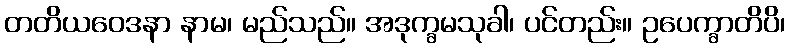
တတိယဝေဒနာ နာမ၊ မည်သည်။ အဒုက္ခမသုခါ၊ ပင်တည်း။ ဥပေက္ခာတိပိ၊